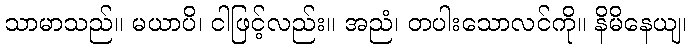
သာမာသည်။ မယာပိ၊ ငါဖြင့်လည်း။ အညံ၊ တပါးသောလင်ကို။ နိမိနေယျ၊